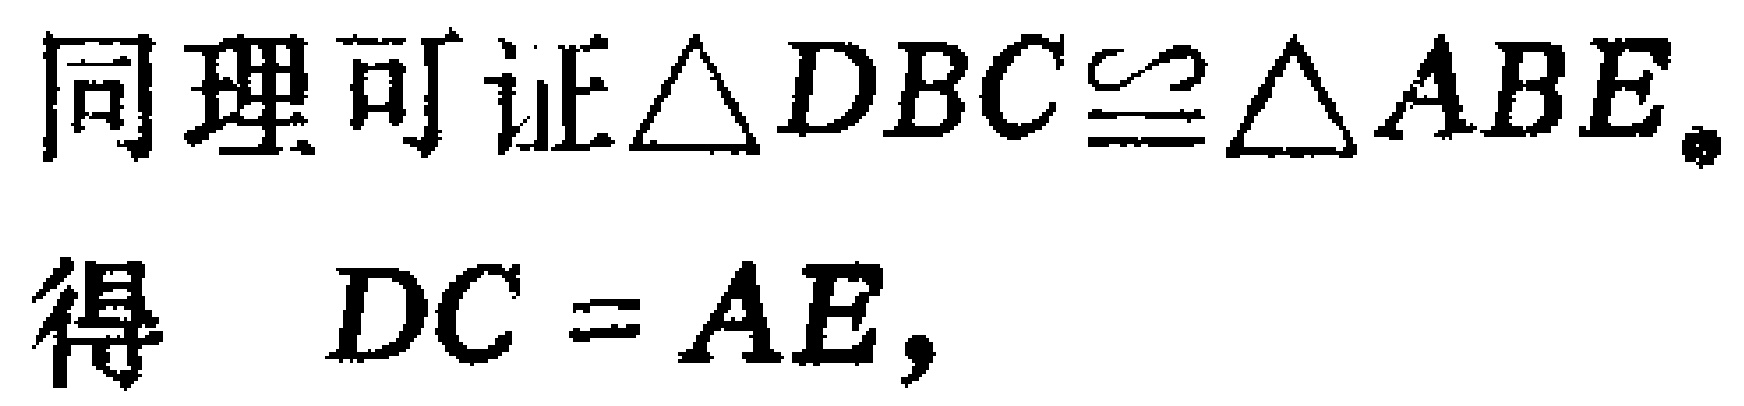
同理可证$\triangle DBC\cong\triangle ABE$.
得 $\ DC = AE,$